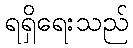
ရရှိရေးသည်